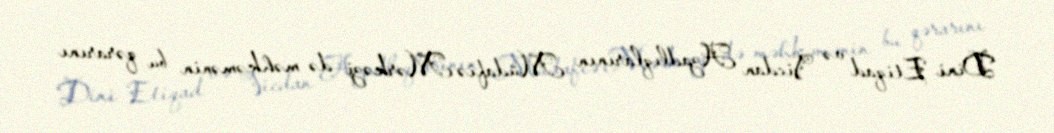
Dini Etiqad və Vicdan Azadlıqlarının Müdafiə Mərkəzi də məhkəmənin bu qərarını